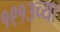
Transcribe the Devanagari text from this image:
१९१३च्या